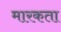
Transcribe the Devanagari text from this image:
मारकता